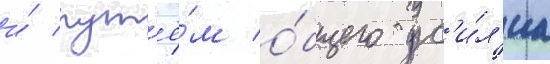
и́ пут'ё́м о́бщего ус'и́л'иа